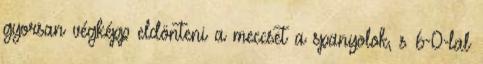
gyorsan végképp eldönteni a meccset a spanyolok, s 6-0-lal